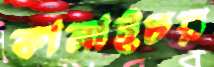
কালাইচর